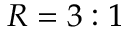
R = 3 : 1